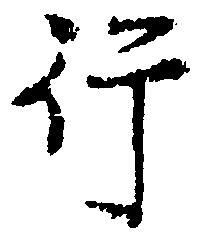
行